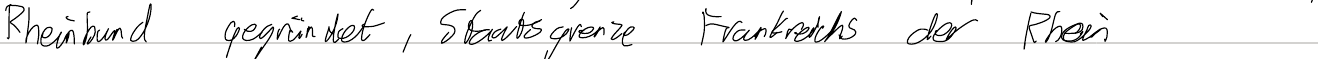
Rheinbund gegründet, Staatsgrenze Frankreichs der Rhein